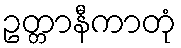
ဥတ္တာနီကာတုံ